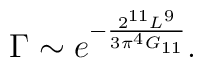
\Gamma \sim e^{-\frac{2^{11}L^{9}}{3\pi ^{4}G_{11}}}.